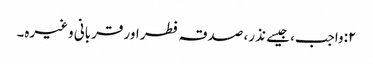
٢:واجب، جیسے نذر، صدقہ فطر اور قربانی وغیرہ۔